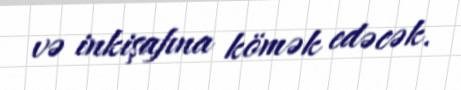
və inkişafına kömək edəcək.